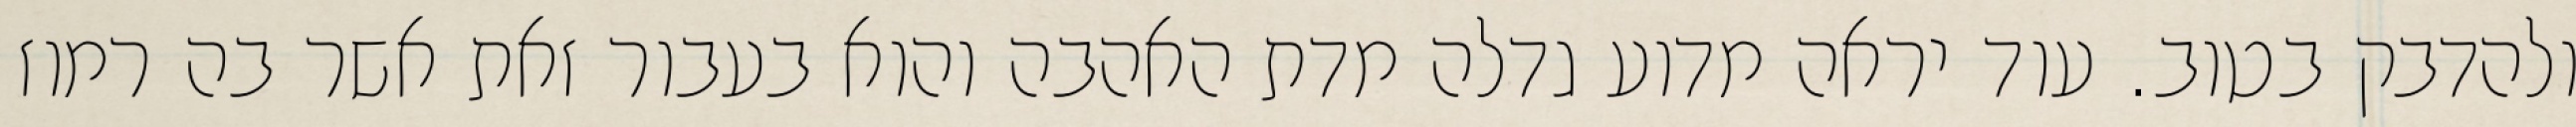
ולהדבק בטוב. עוד יראה מדוע גדלה מדת האהבה והוא בעבור זאת אשר בה רמוז